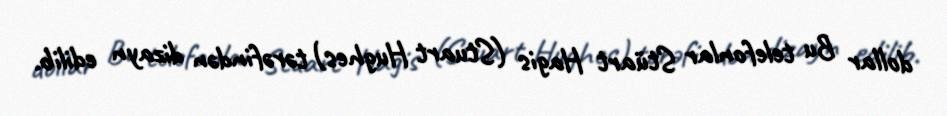
dollar Bu telefonlar Stüart Hagis (Stuart Hughes) tərəfindən dizayn edilib.